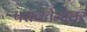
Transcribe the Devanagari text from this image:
परावर्तनोत्तर